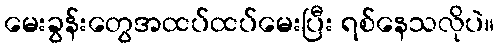
မေးခွန်းတွေအထပ်ထပ်မေးပြီး ရစ်နေသလိုပဲ။